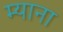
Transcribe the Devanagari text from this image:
म्याना